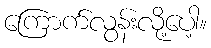
ကြောက်လွန်းလို့ပေါ့။